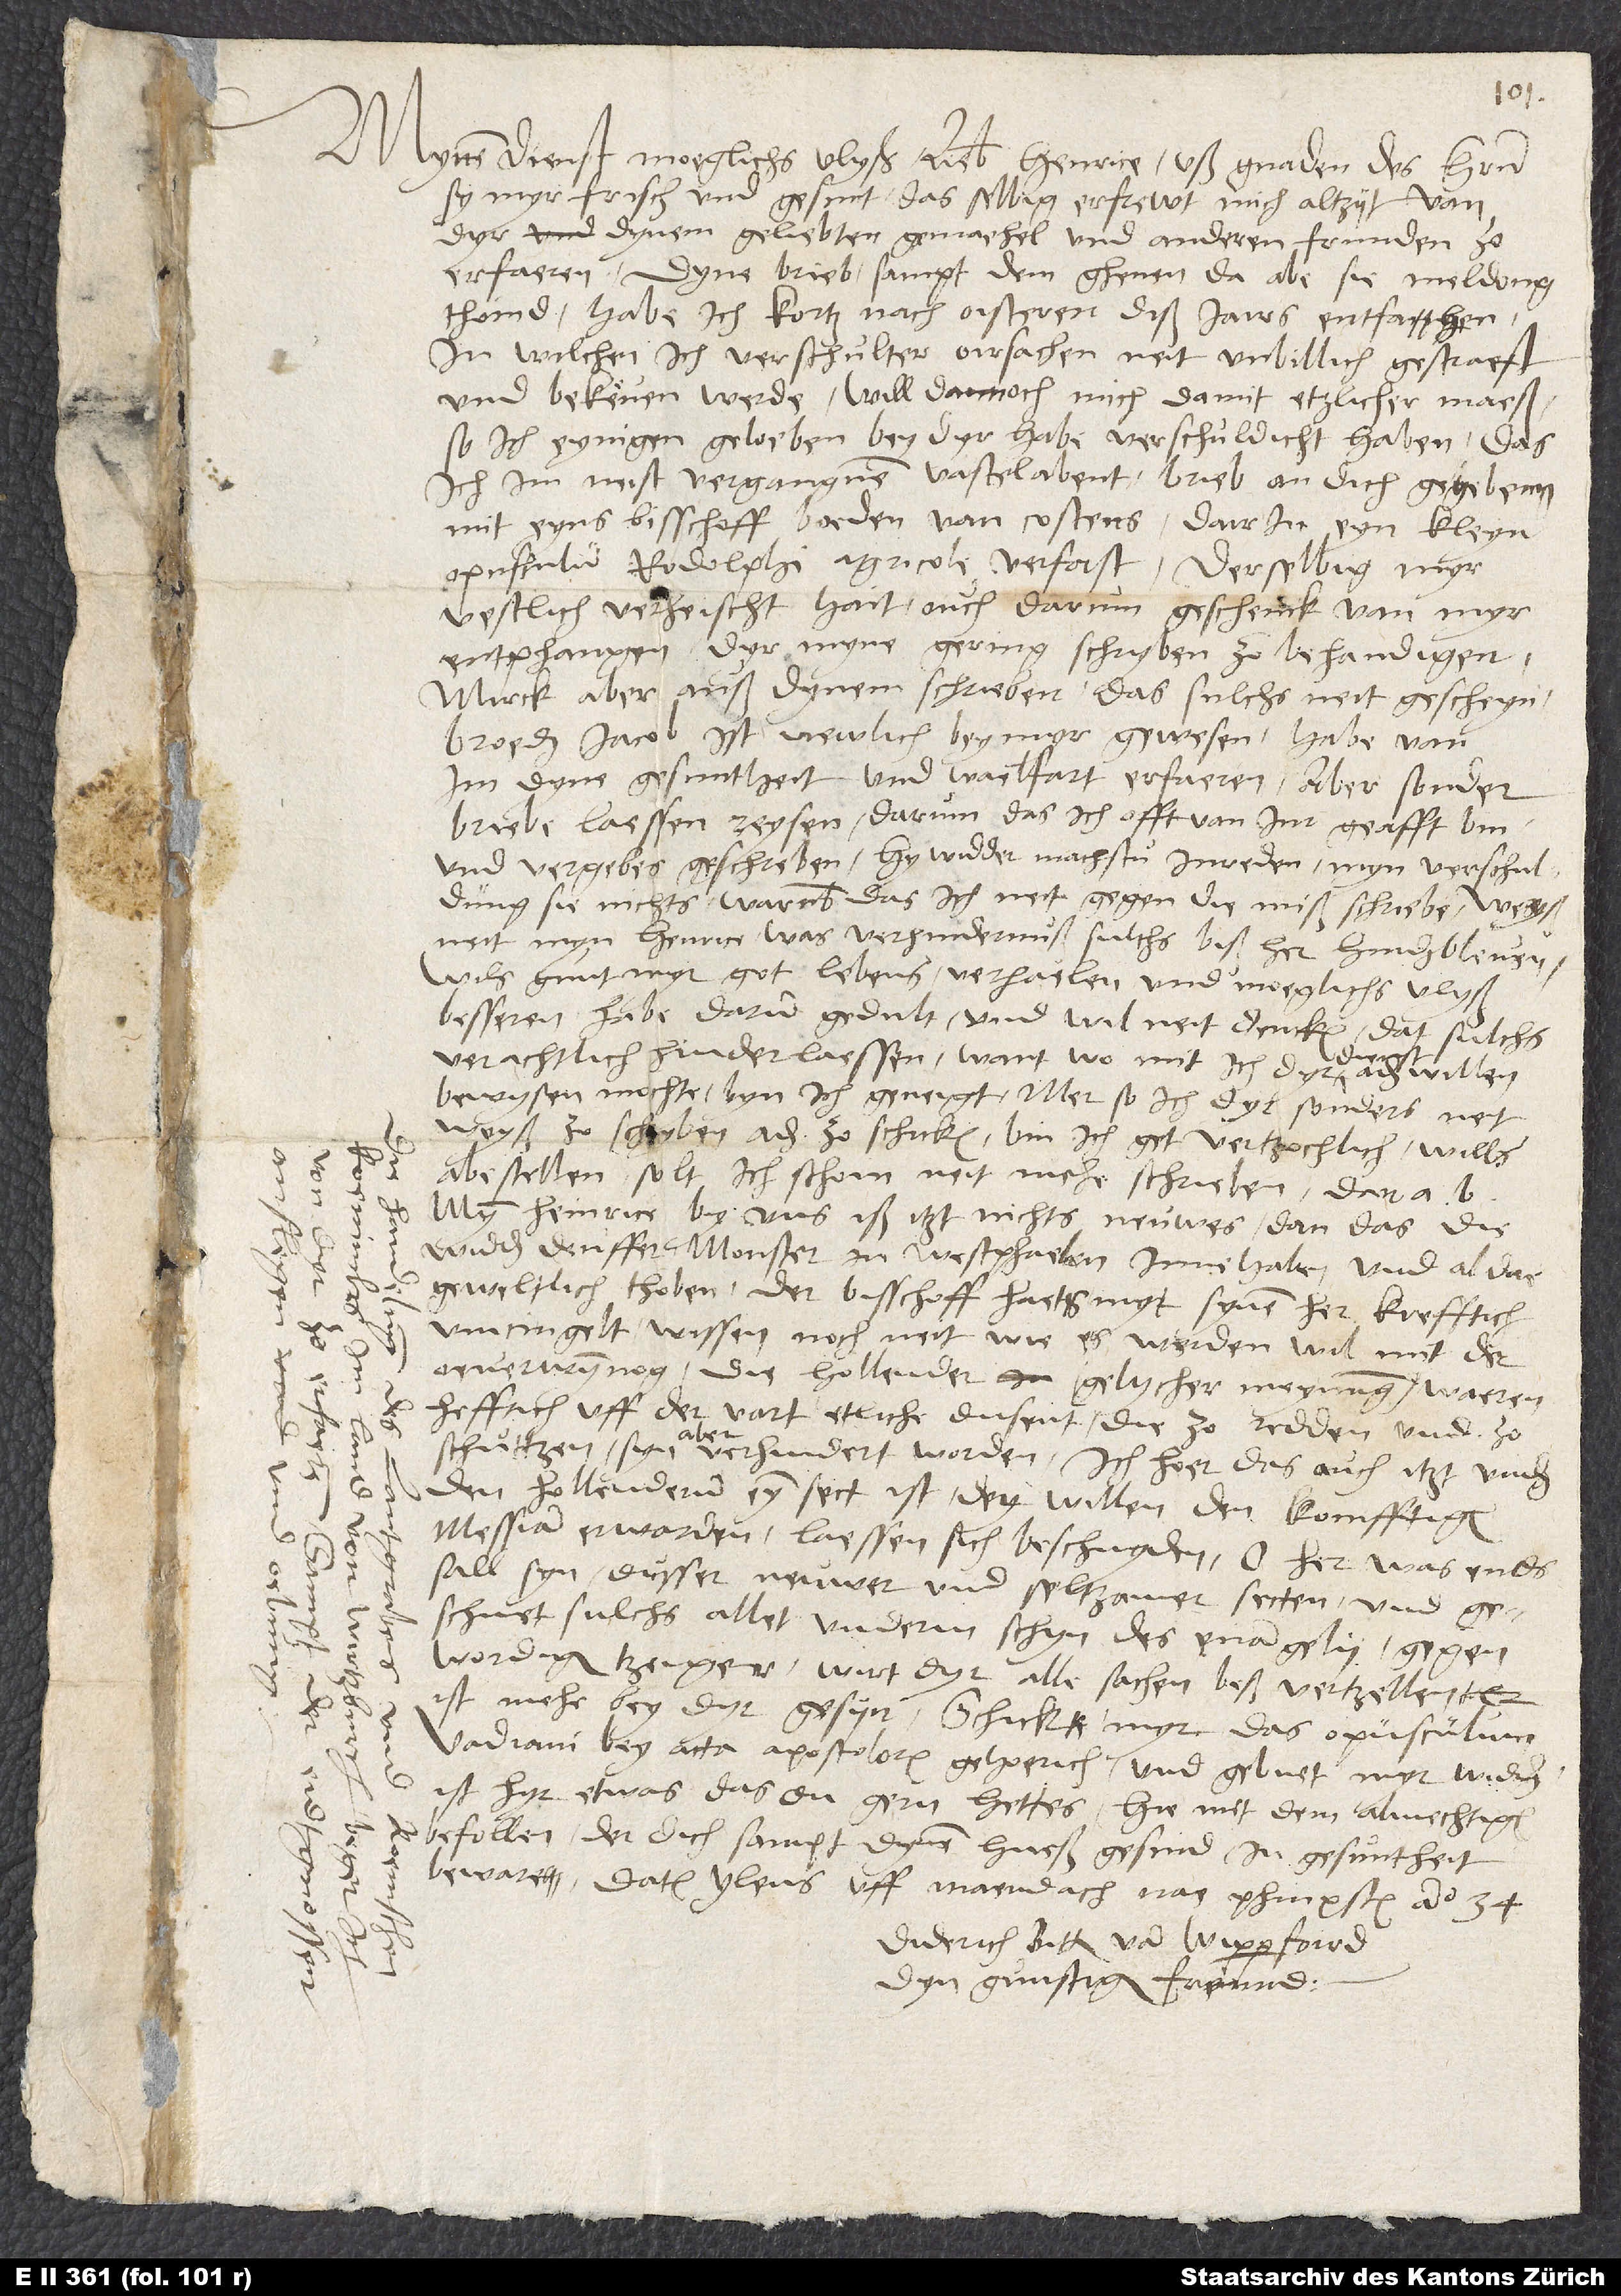
Mynen dienst moeglichs vlyß, lieber Henrice. Uß gnaden des herrn
sy myr frisch und gesunt. Das selbig erfrewt mich altzyt van
dyr, dynem geliebten gemaehel und anderen frunden zo
erfaeren. Dyne brieb sampt demghenen, da abe sie meldong
thoind, habe ich kortz nach oisteren diß jairs entfahen,
in wilchen ich verschulter oirsachen neit unbillich gestraeft
und bekeven werde. Will dannoch mich damit etzlicher maeß,
so ich eynigen geloeben bey dyr habe, verschuldicht haben, das
ich im nest vergangnen vastelabent brieb an dich gegebenn
mit eyns bisschoff boeden van Costens, dairin eyn kleyn
opusculum Rodolphi Agricole verfast. Derselbig myr
vestlich verheischt hait, ouch darum geschenck van myr
entphangen, dyr myne gering schryben ze behandigen.
Mirck aber auß dynem schrieben, das sulchs neit gescheyn.
Broeder Jacob ist newlich bey myr gewesen; habe van
im dyne gesuntheit und wailfart erfaeren, aber sonder
briebe laessen reysen, darum das ich offt van im geafft bin
und vergebes geschreben. Hywidder machstu inreden, myn verschuldung
sie nichts, warumb das ich neit gegen die miß schriebe. Weyß
neit, myn Henrice, was verhindernuß sulchs bißher hinderbleven.
Wils - gunt myr got lebens - verhaelen und moeglichs vlyß
besseren. Habe darum gedult, und wil neit dencken, dat sulchs
verachtlich hinderlaessen want womit ich, dyr dienst ader willen
bewysen mochte, byn ich geneigt. Mer, so ich dyr sonders neit
weyß zo schryben ader zo schicken, bin ich get vertzochlich, wills
abestellen, sollt ich schoin neit mehr schrieben, dan a.
Myn Heinrice, by uns iß itzt nichts neuwes, dan das die
widderdeuffer Monster in Westphaelen innehaben und aldae
geweltlich thoben. Der bisschoff haets myt synem her krefftich
umcingelt. Wissen noch neit, wie es werden wil mit der
oeverwynnog. Die Hollender gelycher meynung waeren
hefftich uff der vart, etliche dusent, die zo redden und zo
schuttzen. Syn aber verhindert worden. Ich hoer, das auch itzt under
den Hollendern ein sect ist, dey willen den komfftigen
Messiam erwarden; laessen sich beschnyden. O herr, was ends
sall syn dusser neuwer und seltzamer secten. Und
geschuet sulchs allet underm schyn des evangelii. Gegenwordiger
tzeiger wirt dyr alle sachen beß vertzellen. Er
ist mehr bey dyr gesyn. Schick myr das opusculum
Vadiani bey acta apostolorum gehoerich, und gebuet myr wider,
ist hyr etwas, das du gern hettes. Hiemit dem almechtigen
befollen, der dich sampt dynem hueßgesind in gesuntheit
beware. Datum ylens uff maendach nae phingsten anno 34.
Diderich Bitter van Wipperfoird,
dyn gunstiger freund.